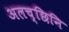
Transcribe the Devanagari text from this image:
अलच्छिनि